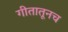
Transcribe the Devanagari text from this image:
गीतातूनच